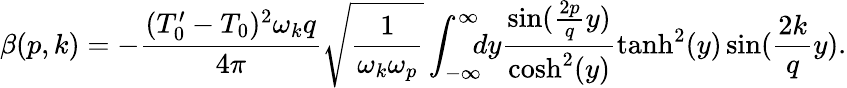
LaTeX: \beta(p,k)=-\frac{(T_{0}^{\prime}-T_{0})^{2}\omega_{k}q}{4\pi}\sqrt{\frac{1}{\omega_{k}\omega_{p}}}\int_{-\infty}^{\infty}\! \! \! dy\frac{\sin(\frac{2p}{q}y)}{\mathrm{cosh}^{2}(y)}\operatorname{tanh}^{2}(y)\sin(\frac{2k}{q}y).